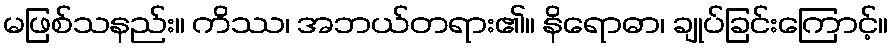
မဖြစ်သနည်း။ ကိဿ၊ အဘယ်တရား၏။ နိရောဓာ၊ ချုပ်ခြင်းကြောင့်။